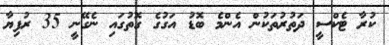
ކުރާ ޓެކްސީ ދަތުރުތަކުން އެންމެ ބޮޑު އަގުގެ ގޮތުގައި ނެގޭނީ 35 ރުފިޔާ